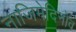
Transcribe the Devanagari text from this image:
नाजिमेदिनोव